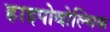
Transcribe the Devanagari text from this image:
हाइपोवोल्मिक